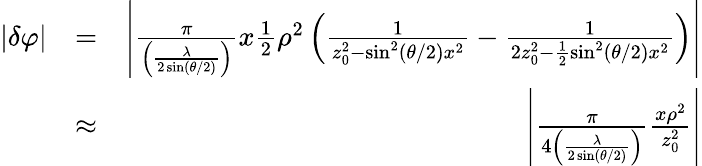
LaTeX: \begin{array}{rlr}{|\delta\varphi|}&{=}&{\left|\frac{\pi}{\left(\frac{\lambda}{2\sin(\theta/2)}\right)}x\frac{1}{2}\rho^{2}\left(\frac{1}{z_{0}^{2}-\sin^{2}(\theta/2)x^{2}}-\frac{1}{2z_{0}^{2}-\frac{1}{2}\sin^{2}(\theta/2)x^{2}}\right)\right|}\\ &{\approx}&{\left|\frac{\pi}{4\left(\frac{\lambda}{2\sin(\theta/2)}\right)}\frac{x\rho^{2}}{z_{0}^{2}}\right|}\end{array}